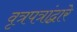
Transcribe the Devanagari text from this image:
वृत्रपत्रांद्वारे